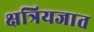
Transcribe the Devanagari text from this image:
क्षत्रियजात